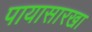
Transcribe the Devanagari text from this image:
पायासारखा